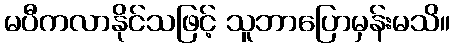
မပီကလာနိုင်သဖြင့် သူဘာပြောမှန်းမသိ။